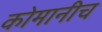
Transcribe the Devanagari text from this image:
कोमानीच